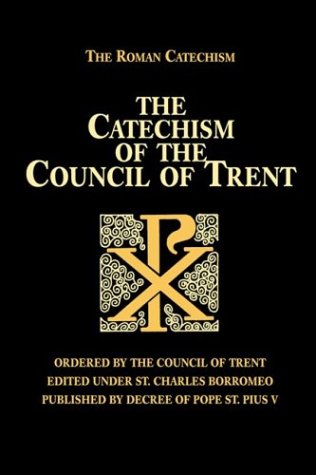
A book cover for The Catechism of the Council of Trent; Council of Trent; Christian Books & Bibles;